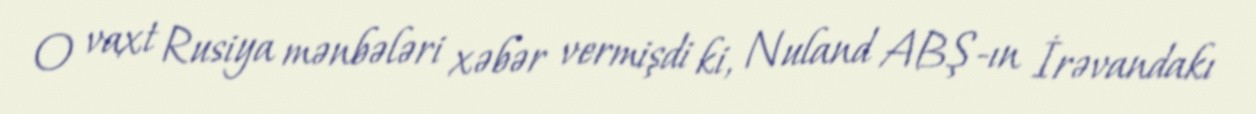
O vaxt Rusiya mənbələri xəbər vermişdi ki, Nuland ABŞ-ın İrəvandakı